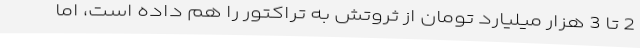
2 تا 3 هزار میلیارد تومان از ثروتش به تراکتور را هم داده است، اما